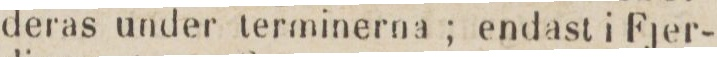
deras under terminerna; endast i Fjer-